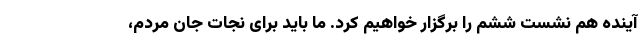
آینده هم نشست ششم را برگزار خواهیم کرد. ما باید برای نجات جان مردم،